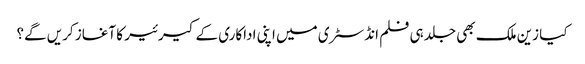
کیا زین ملک بھی جلد ہی فلم انڈسٹری میں اپنی اداکاری کے کیرئیر کا آغاز کریں گے؟